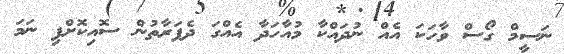
ނަސީމް ގޯސް ވާހަކަ އެއް ނުދައްކާ މުއާހަދާ އެއްގަ ދެފަރާތުން ސޮއިކޮށްފި ނަމަ